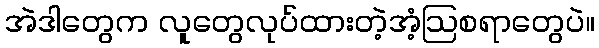
အဲဒါတွေက လူတွေလုပ်ထားတဲ့အံ့ဩစရာတွေပဲ။